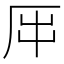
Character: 𠩀